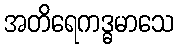
အတိရေကဒ္ဓမာသေ